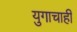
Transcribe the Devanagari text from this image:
युगाचाही